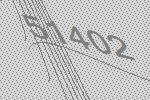
51402